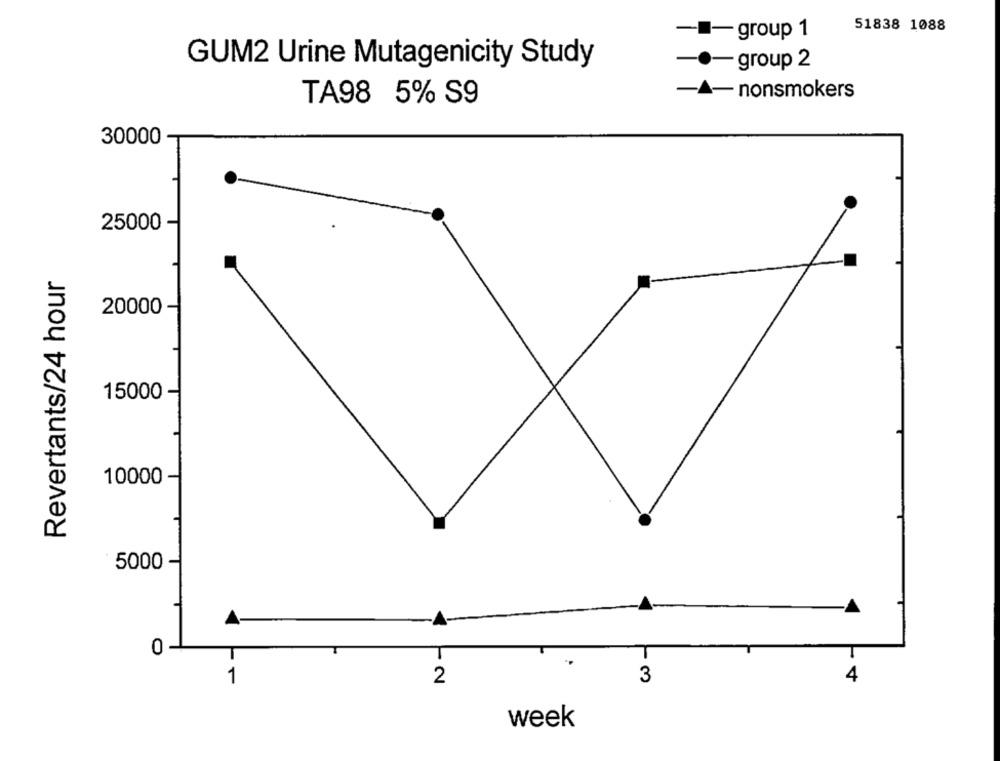
51838 1088
-group 1
GUM2 Urine Mutagenicity Study
group 2
nonsmokers
TA98 5% S9
30000
25000
Revertants/24 hour
20000
15000
10000
5000 -
0
T
3
4
1
12
week